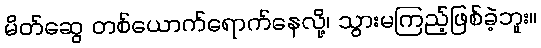
မိတ်ဆွေ တစ်ယောက်ရောက်နေလို့၊ သွားမကြည့်ဖြစ်ခဲ့ဘူး။